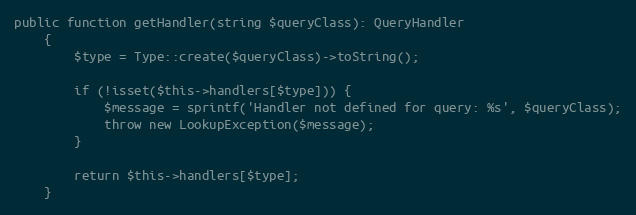
Language: PHP
public function getHandler(string $queryClass): QueryHandler
    {
        $type = Type::create($queryClass)->toString();

        if (!isset($this->handlers[$type])) {
            $message = sprintf('Handler not defined for query: %s', $queryClass);
            throw new LookupException($message);
        }

        return $this->handlers[$type];
    }